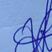
Signature authenticity: genuine